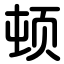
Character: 顿